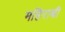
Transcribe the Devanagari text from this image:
महिराबी